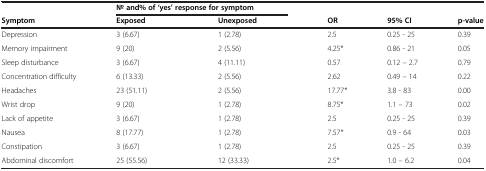
|  | <COLSPAN=2> No and% of ‘yes’ response for symptom |  |  |  |
 | Symptom | Exposed | Unexposed | OR | 95% CI | p-value |
 | --- | --- | --- | --- | --- | --- |
 | Depression | 3 (6.67) | 1 (2.78) | 2.5 | 0.25 - 25 | 0.39 |
 | Memory impairment | 9 (20) | 2 (5.56) | 4.25* | 0.86 - 21 | 0.05 |
 | Sleep disturbance | 3 (6.67) | 4 (11.11) | 0.57 | 0.12 – 2.7 | 0.79 |
 | Concentration difficulty | 6 (13.33) | 2 (5.56) | 2.62 | 0.49 – 14 | 0.22 |
 | Headaches | 23 (51.11) | 2 (5.56) | 17.77* | 3.8 - 83 | 0.00 |
 | Wrist drop | 9 (20) | 1 (2.78) | 8.75* | 1.1 – 73 | 0.02 |
 | Lack of appetite | 3 (6.67) | 1 (2.78) | 2.5 | 0.25 - 25 | 0.39 |
 | Nausea | 8 (17.77) | 1 (2.78) | 7.57* | 0.9 - 64 | 0.03 |
 | Constipation | 3 (6.67) | 1 (2.78) | 2.5 | 0.25 - 25 | 0.39 |
 | Abdominal discomfort | 25 (55.56) | 12 (33.33) | 2.5* | 1.0 – 6.2 | 0.04 |